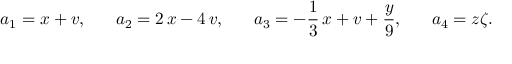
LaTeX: a _ { 1 } = x + v , \, \, \, \, \, \, \, \, \, \, a _ { 2 } = 2 \, x - 4 \, v , \, \, \, \, \, \, \, \, \, \, a _ { 3 } = - \frac { 1 } { 3 } \, x + v + \frac { y } { 9 } , \, \, \, \, \, \, \, \, \, \, a _ { 4 } = z \zeta .